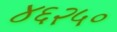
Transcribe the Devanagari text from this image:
४६२५०